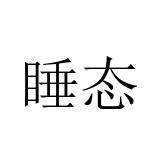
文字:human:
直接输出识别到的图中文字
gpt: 睡态